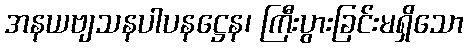
အနယဗျသနပါပနဋ္ဌေန၊ ကြီးပွားခြင်းမရှိသော